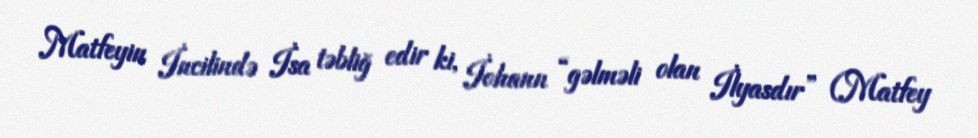
Matfeyin İncilində İsa təbliğ edir ki, İohann “gəlməli olan İlyasdır” (Matfey